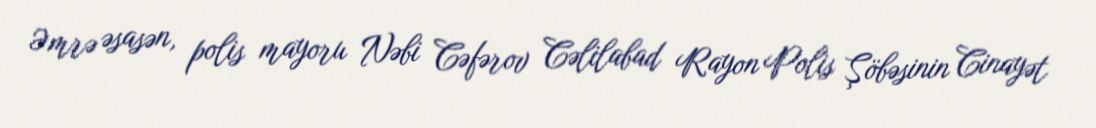
Əmrə əsasən, polis mayoru Nəbi Cəfərov Cəlilabad Rayon Polis Şöbəsinin Cinayət